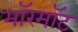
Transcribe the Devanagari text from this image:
मॉरमॉट